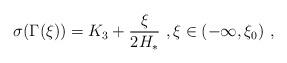
LaTeX: \begin{align*}\sigma(\Gamma(\xi)) = K_3 + \frac{\xi}{2H_*}\ , \xi\in (-\infty,\xi_0)\ ,\end{align*}